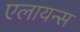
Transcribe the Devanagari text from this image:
एलायन्स